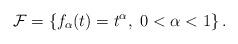
LaTeX: \begin{align*}\mathcal{F} =\left \{ f_{\alpha} (t)=t^{\alpha},\ 0<\alpha<1 \right \}.\end{align*}